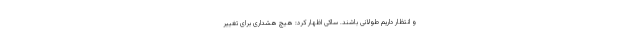
و انتظار داریم طولانی باشند. ساکی اظهار کرد: هیچ هشداری برای تغییر